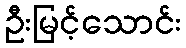
ဦးမြင့်သောင်း